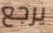
يرجع